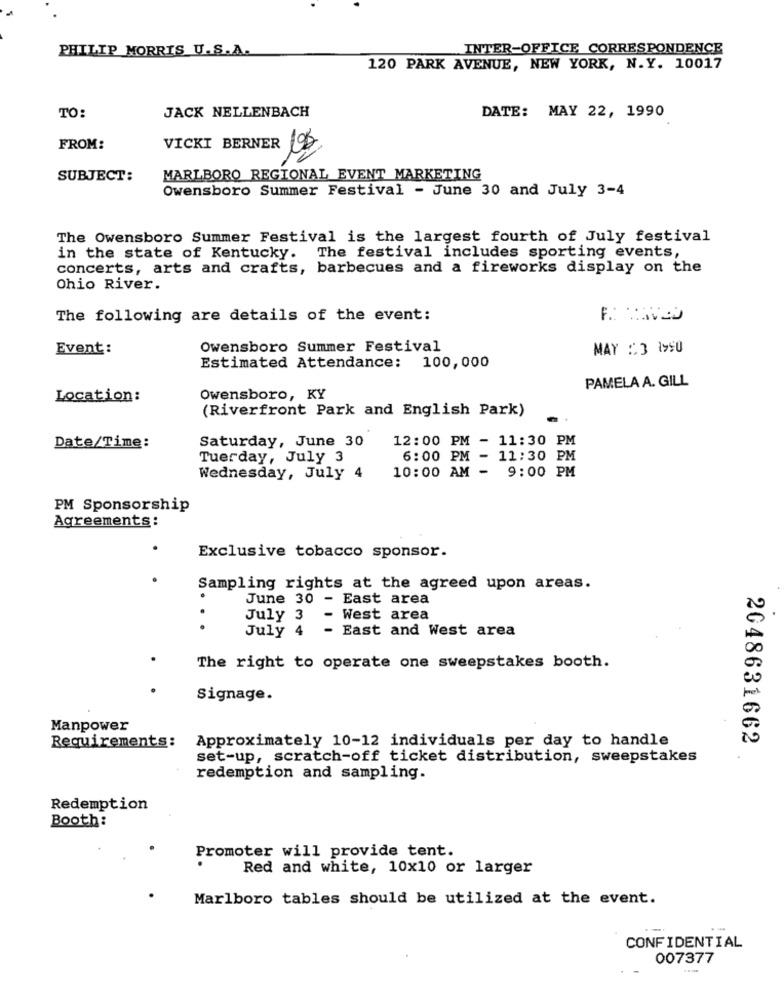
PHILIP MORRIS U.S.A.
INTER-OFFICE CORRESPONDENCE
120 PARK AVENUE, NEW YORK, N.Y. 10017
JACK NELLENBACH
DATE: MAY 22, 1990
TO:
FROM:
VICKI BERNER LOB
SUBJECT:
MARLBORO REGIONAL EVENT MARKETING
Owensboro Summer Festival - June 30 and July 3-4
The Owensboro Summer Festival is the largest fourth of July festival
in the state of Kentucky. The festival includes sporting events,
concerts, arts and crafts, barbecues and a fireworks display on the
Ohio River.
The following are details of the event:
Event:
Owensboro Summer Festival
MAY 13 1990
Estimated Attendance: 100,000
PAMELA A. GILL
Location:
Owensboro, KY
(Riverfront Park and English Park)
Saturday, June 30
12:00 PM - 11:30 PM
Date/Time:
Tuerday, July 3
6:00 PM - 11:30 PM
10:00 AM - 9:00 PM
Wednesday, July 4
PM Sponsorship
Agreements:
.
Exclusive tobacco sponsor.
Sampling rights at the agreed upon areas.
June 30 - East area
July 3
West area
July 4
- East and West area
The right to operate one sweepstakes booth.
Signage.
Manpower
Requirements: Approximately 10-12 individuals per day to handle
2048631662
set-up, scratch-off ticket distribution, sweepstakes
redemption and sampling.
Redemption
Booth:
Promoter will provide tent.
Red and white, 10x10 or larger
Marlboro tables should be utilized at the event.
- -.
CONFIDENTIAL
007377